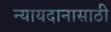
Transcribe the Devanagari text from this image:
न्यायदानासाठी